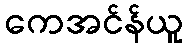
ကေအင်န်ယူ